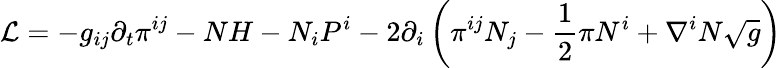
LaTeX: {\mathcal{L}}=-g_{ij}\partial_{t}\pi^{ij}-NH-N_{i}P^{i}-2\partial_{i}\left(\pi^{ij}N_{j}-{\frac{1}{2}}\pi N^{i}+\nabla^{i}N{\sqrt{g}}\right)